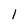
Character: 1